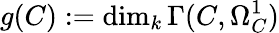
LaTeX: g(C):=\dim_{k}\Gamma(C,\Omega_{C}^{1})